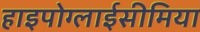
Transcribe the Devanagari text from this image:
हाइपोग्लाईसीमिया